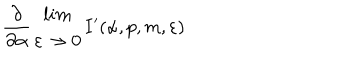
\frac { \partial } { \partial \alpha } \begin{array} { c } { { l i m } } \\ { { \varepsilon \rightarrow 0 } } \\ \end{array} I ^ { \prime } ( \alpha , p , m , \varepsilon )